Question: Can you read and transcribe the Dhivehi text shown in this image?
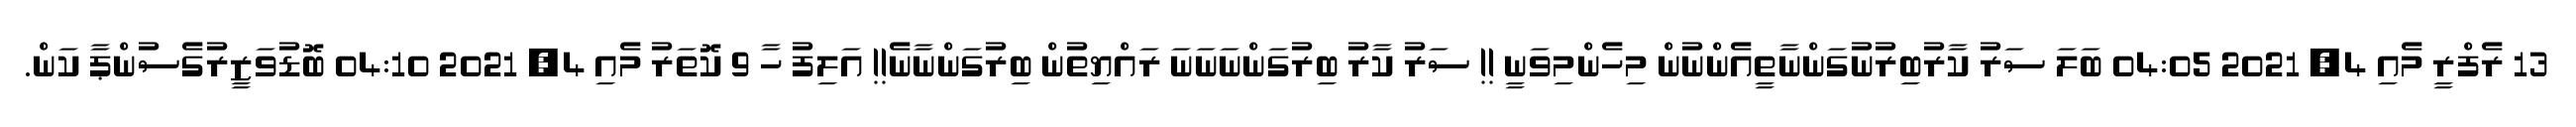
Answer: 13 ރެފްރީ މެއި 4, 2021 04:05 ބަލަ ސަރު ކާރުބިރުނުގަންނާތީއެންނުން މިހެންމިވަނީ !! ސަރު ކާރު ބިރުގަންނަނަނަ ރައްޔިތުން ބިރުގަންނާނެ!! އަލިފު ހާ 9 ކޮތަރު މެއި 4, 2021 04:10 ބޮޑުވަޒީރުގެސުންޕާ ކަން.